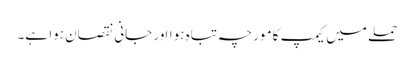
حملے میں کیمپ کا مورچہ تباہ ہوااور جانی نقصان ہوا ہے۔